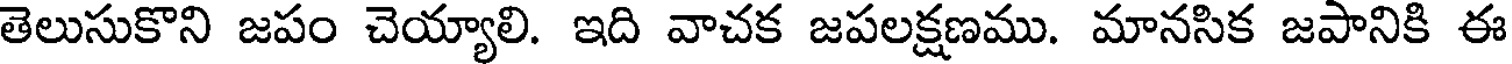
తెలుసుకొని జపం చెయ్యాలి. ఇది వాచక జపలక్షణము. మానసిక జపానికి ఈ